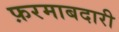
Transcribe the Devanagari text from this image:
फ़रमाबदारी